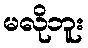
မလိုဘူး